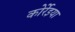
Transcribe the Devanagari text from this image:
कोर्रेइया